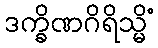
ဒက္ခိဏဂိရိသ္မိံ